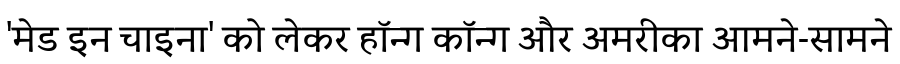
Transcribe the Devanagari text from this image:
'मेड इन चाइना' को लेकर हॉन्ग कॉन्ग और अमरीका आमने-सामने